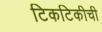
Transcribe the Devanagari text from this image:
टिकटिकीची